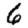
Digit: 6